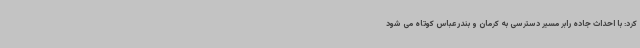
کرد: با احداث جاده رابر مسیر دسترسی به کرمان و بندرعباس کوتاه می شود